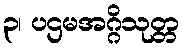
၃၊ ပဌမအဂ္ဂိသုတ္တ